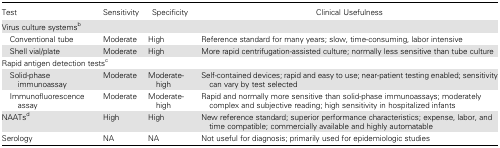
<table><thead><tr><td><b>Test</b></td><td><b>Sensitivity</b></td><td><b>Specificity</b></td><td><b>Clinical Usefulness</b></td></tr></thead><tbody><tr><td>Virus culture systems<sup>b</sup></td><td></td><td></td><td></td></tr><tr><td> Conventional tube</td><td>Moderate</td><td>High</td><td>Reference standard for many years; slow, time-consuming, labor intensive</td></tr><tr><td> Shell vial/plate</td><td>Moderate</td><td>High</td><td>More rapid centrifugation-assisted culture; normally less sensitive than tube culture</td></tr><tr><td colspan="4">Rapid antigen detection tests<sup>c</sup></td></tr><tr><td> Solid-phase immunoassay</td><td>Moderate</td><td>Moderate-high</td><td>Self-contained devices; rapid and easy to use; near-patient testing enabled; sensitivity can vary by test selected</td></tr><tr><td> Immunofluorescence assay</td><td>Moderate</td><td>Moderate-high</td><td>Rapid and normally more sensitive than solid-phase immunoassays; moderately complex and subjective reading; high sensitivity in hospitalized infants</td></tr><tr><td>NAATs<sup>d</sup></td><td>High</td><td>High</td><td>New reference standard; superior performance characteristics; expense, labor, and time compatible; commercially available and highly automatable</td></tr><tr><td>Serology</td><td>NA</td><td>NA</td><td>Not useful for diagnosis; primarily used for epidemiologic studies</td></tr></tbody></table>